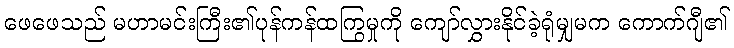
ဖေဖေသည် မဟာမင်းကြီး၏ပုန်ကန်ထကြွမှုကို ကျော်လွှားနိုင်ခဲ့ရုံမျှမက ကောက်ဂျီ၏